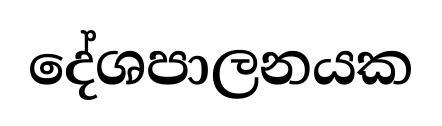
දේශපාලනයක